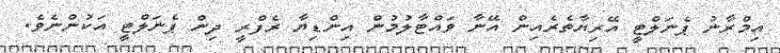
އިމްރާނު ޕެނަލްޓީ އޭރިޔާތެރެއިން އޭނާ ވައްޓާލުމުން އިންޑިޔާ ރެފްރީ ދިން ޕެނަލްޓީ އަކުންނެވެ.